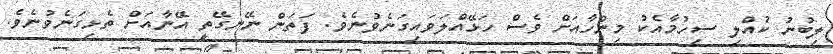
ލިބުނު ކުއްލި ސިހުމާއެކު މިންހާއަށް ވެސް ހަޅޭއްލަވައިގަނެވުނެވެ. ފަތަން ނޭނގޭތީ އޭނާއަށް ތެޅިގަނެވުނެވެ.